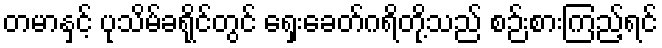
တမာနှင့် ပုသိမ်ခရိုင်တွင် ရှေးခေတ်ဂရိတို့သည် စဉ်းစားကြည့်ရင်